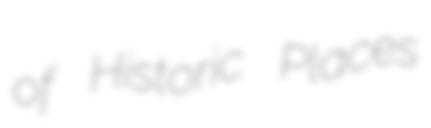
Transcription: of Historic Places